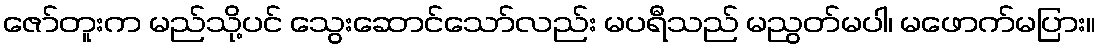
ဇော်တူးက မည်သို့ပင် သွေးဆောင်သော်လည်း မပရီသည် မညွတ်မပါ၊ မဖောက်မပြား။